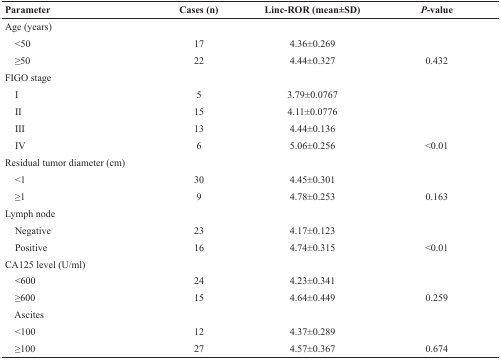
<table><thead><tr><td><b>Parameter</b></td><td><b>Cases (n)</b></td><td><b>Linc-ROR (mean±SD)</b></td><td><b><i>P</i>-value</b></td></tr></thead><tbody><tr><td>Age (years)</td><td></td><td></td><td></td></tr><tr><td> &lt;50</td><td>17</td><td>4.36±0.269</td><td></td></tr><tr><td> ≥50</td><td>22</td><td>4.44±0.327</td><td>0.432</td></tr><tr><td>FIGO stage</td><td></td><td></td><td></td></tr><tr><td> I</td><td>5</td><td>3.79±0.0767</td><td></td></tr><tr><td> II</td><td>15</td><td>4.11±0.0776</td><td></td></tr><tr><td> III</td><td>13</td><td>4.44±0.136</td><td></td></tr><tr><td> IV</td><td>6</td><td>5.06±0.256</td><td>&lt;0.01</td></tr><tr><td>Residual tumor diameter (cm)</td><td></td><td></td><td></td></tr><tr><td> &lt;1</td><td>30</td><td>4.45±0.301</td><td></td></tr><tr><td> ≥1</td><td>9</td><td>4.78±0.253</td><td>0.163</td></tr><tr><td>Lymph node</td><td></td><td></td><td></td></tr><tr><td> Negative</td><td>23</td><td>4.17±0.123</td><td></td></tr><tr><td> Positive</td><td>16</td><td>4.74±0.315</td><td>&lt;0.01</td></tr><tr><td>CA125 level (U/ml)</td><td></td><td></td><td></td></tr><tr><td> &lt;600</td><td>24</td><td>4.23±0.341</td><td></td></tr><tr><td> ≥600</td><td>15</td><td>4.64±0.449</td><td>0.259</td></tr><tr><td> Ascites</td><td></td><td></td><td></td></tr><tr><td> &lt;100</td><td>12</td><td>4.37±0.289</td><td></td></tr><tr><td> ≥100</td><td>27</td><td>4.57±0.367</td><td>0.674</td></tr></tbody></table>